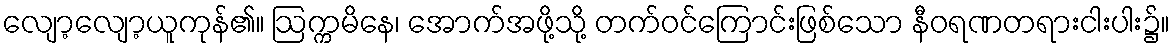
လျော့လျော့ယူကုန်၏။ ဩက္ကမိနေ၊ အောက်အဖို့သို့ တက်ဝင်ကြောင်းဖြစ်သော နီဝရဏတရားငါးပါး၌။